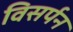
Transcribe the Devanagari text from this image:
विसर्पन